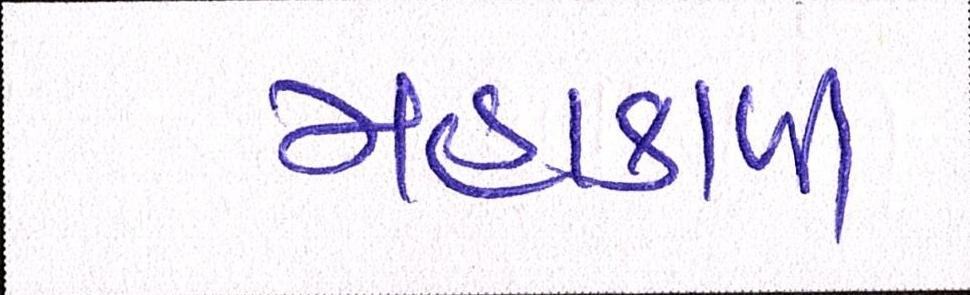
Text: મહાકાળી